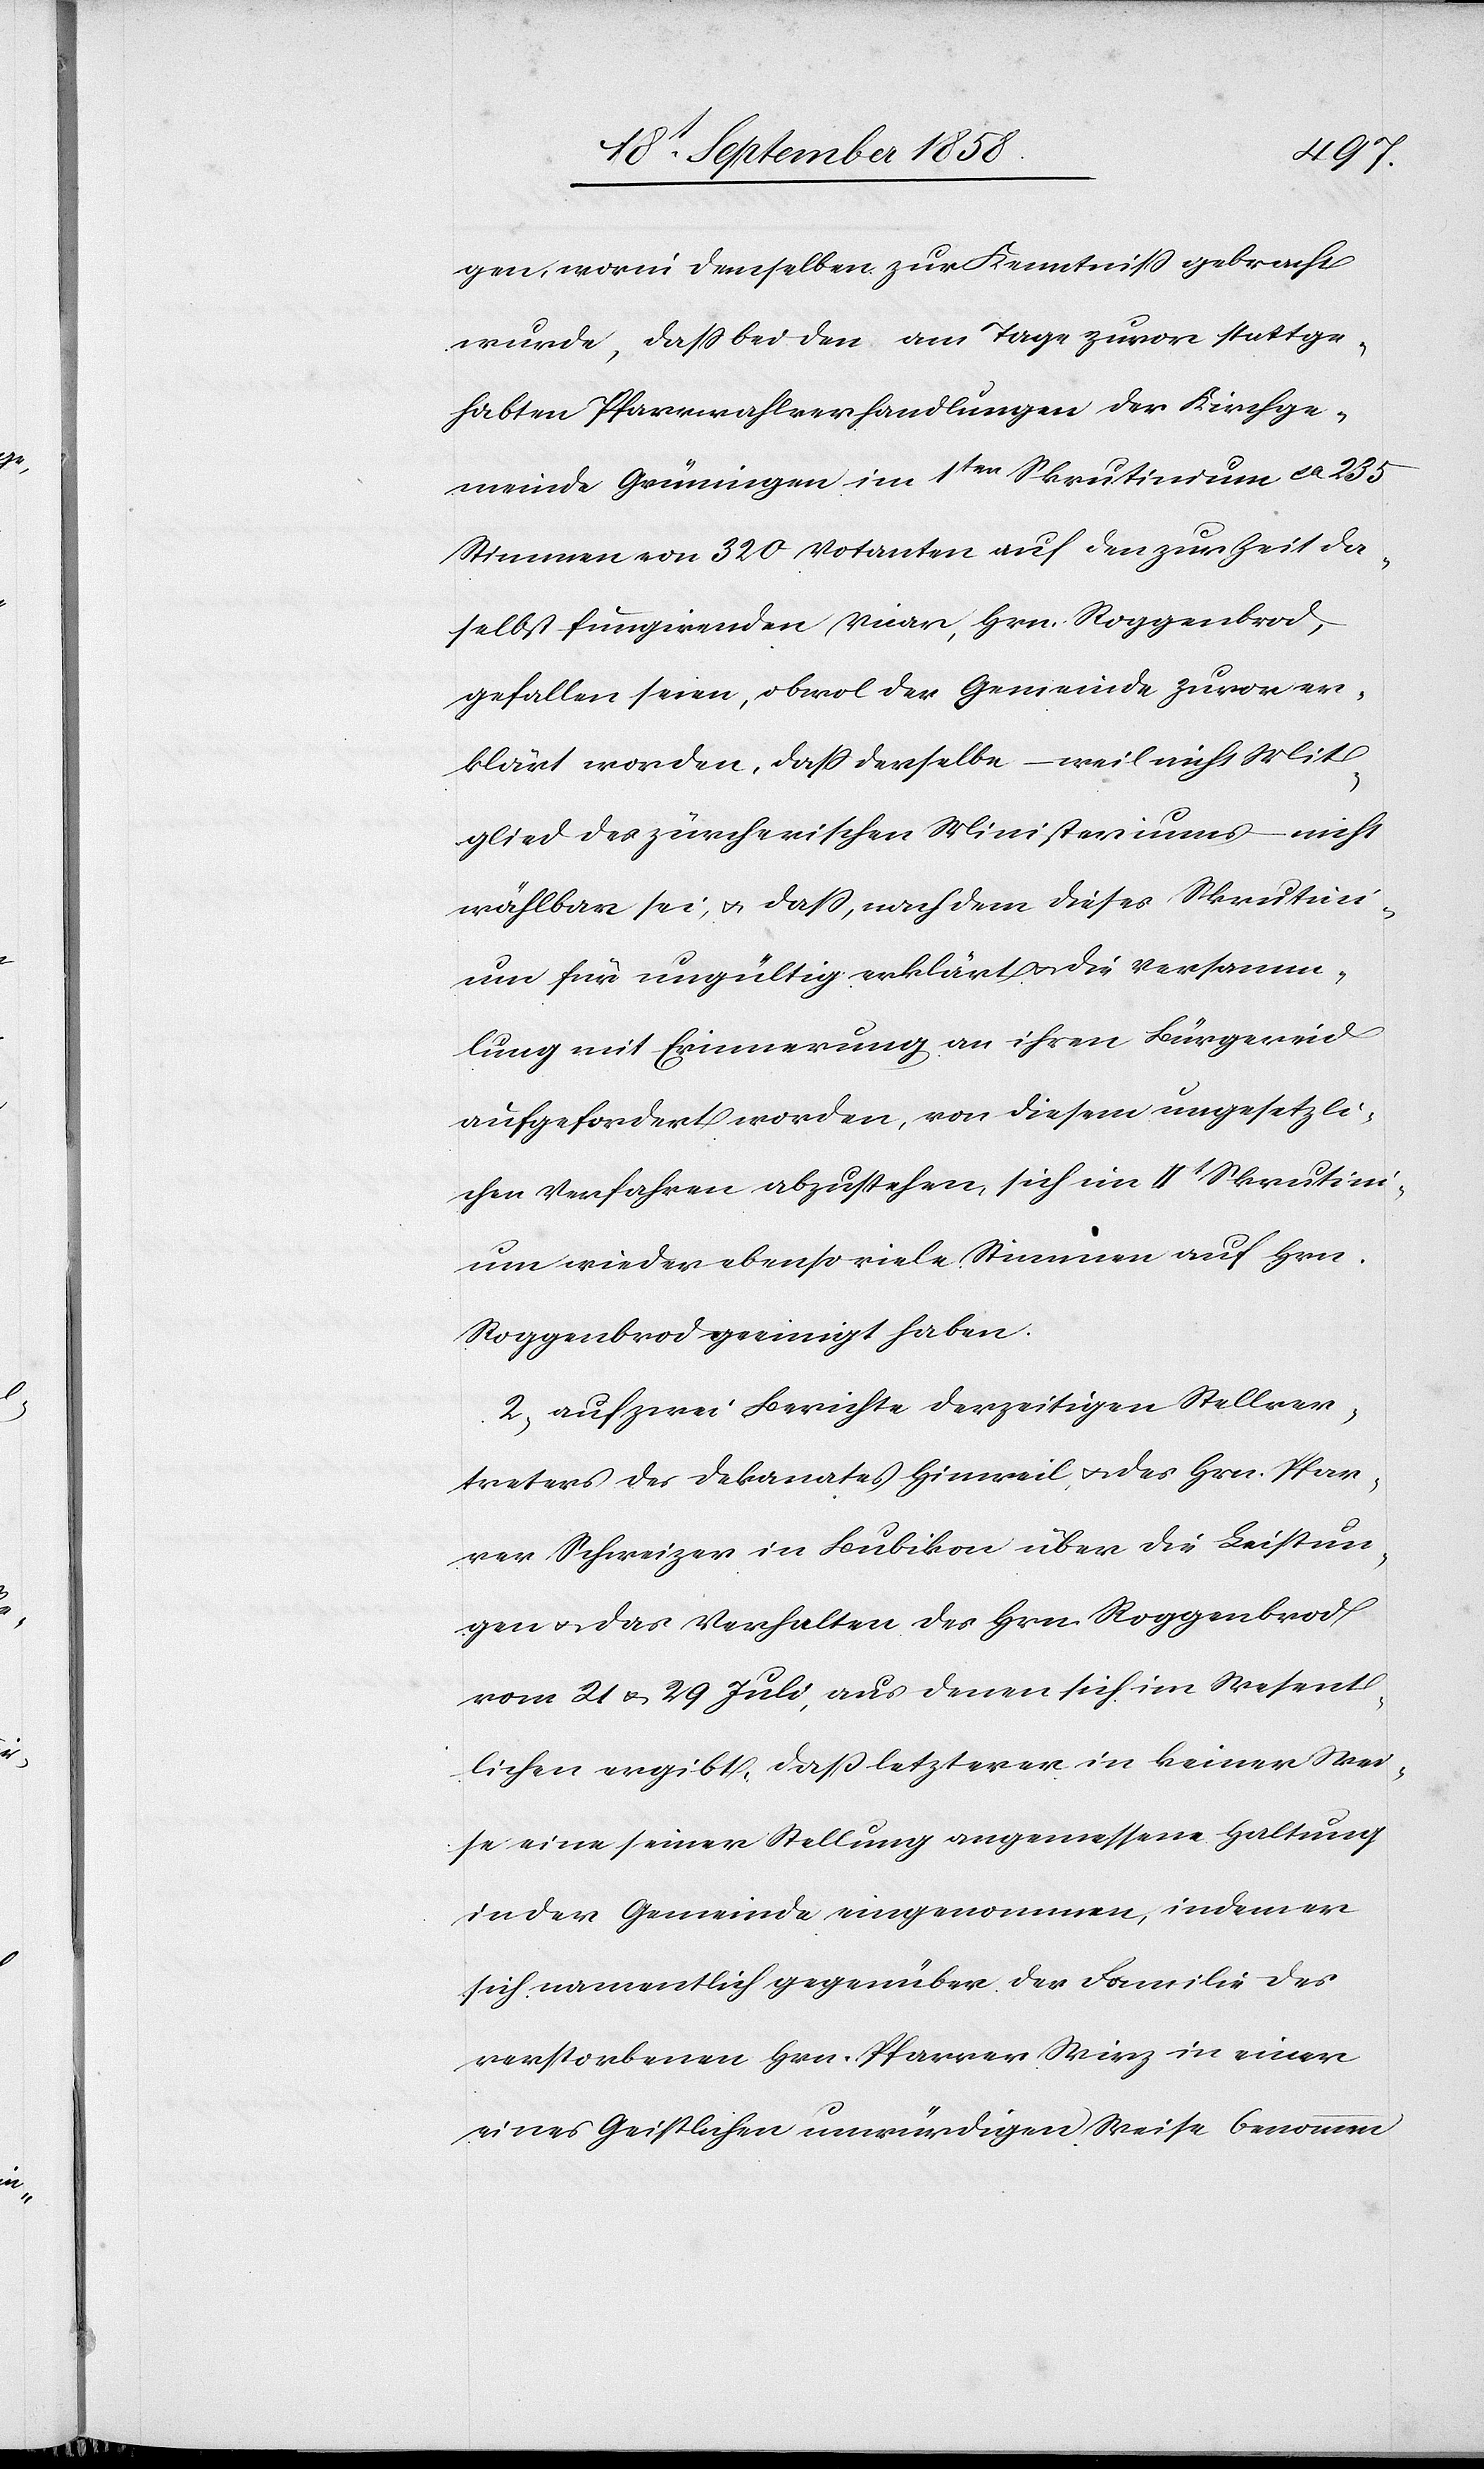
gen, worin demselben zur Kenntniß gebracht
wurde, dass bei den am Tage zuvor stattge¬
habten Pfarrwahlverhandlungen der Kirchge¬
meinde Grüningen im 1ten Skrutinium ca 235
Stimmen von 320 Votanten auf den zur Zeit da¬
selbst fungirenden Vicar, Hrn. Roggenbrod,
gefallen seien, obwol der Gemeinde zuvor er¬
klärt worden, daß derselbe – weil nicht Mit¬
glied des zürcherischen Ministeriums – nicht
wählbar sei, & daß, nachdem dieses Skrutini¬
um für ungültig erklärt & die Versamm¬
lung mit Erinnerung an ihren Bürgereid
aufgefordert worden, von diesem ungesetzli¬
chen Verfahren abzustehen, sich im IIt Skrutini¬
um wieder ebensoviele Stimmen auf Hrn.
Roggenbrod geeinigt haben.
auf zwei Berichte [des] derzeitigen Stellver¬
treters des Dekanates Hinweil & des Hrn. Pfar¬
rer Schweizer in Bubikon über die Leistun¬
gen & das Verhalten des Hrn. Roggenbrod
vom 21 & 29 Juli, aus denen sich im Wesent¬
lichen ergibt, daß letzterer in keiner Wei¬
se eine seiner Stellung angemessene Haltung
in der Gemeinde eingenommen, indem er
sich namentlich gegenüber der Familie des
verstorbenen Hrn. Pfarrer Wirz in einer
eines Geistlichen unwürdigen Weise benommen